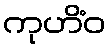
ကုဟိံဝ